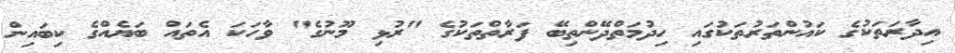
އިދާރަތަކުގެ ކައުންތަރުތަކުގައި ހިދުމަތްދޭންތިބޭ ފަރާތްތަކުގެ "ރުޅި މޫނުގެ" ވާހަކަ އެތައް ބަޔެއްގެ ކިބައިން